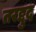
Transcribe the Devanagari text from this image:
तरद्दुद